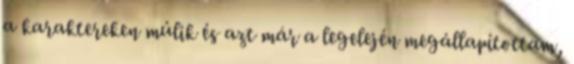
a karaktereken múlik és azt már a legelején megállapítottam,